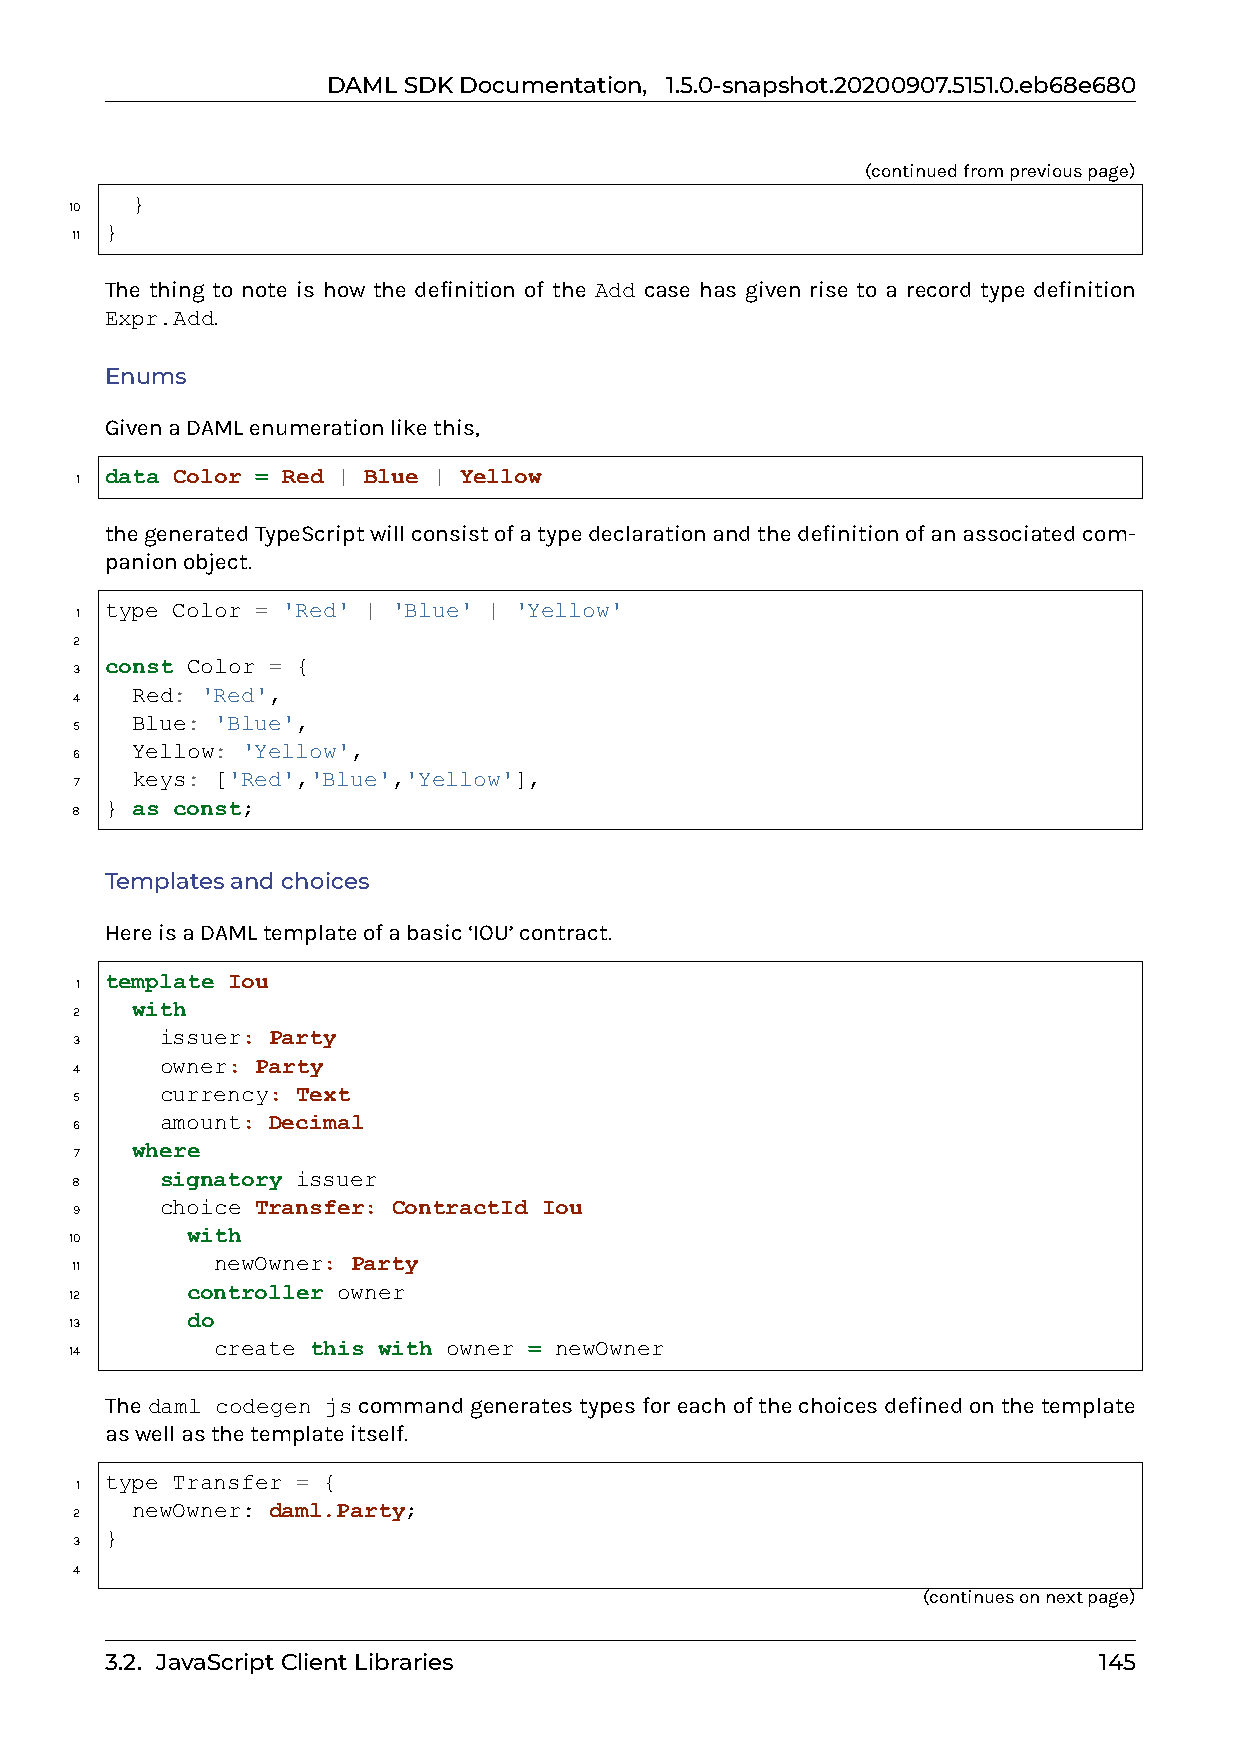
DAMLSDKDocumentation, 1.5.0-snapshot.20200907.5151.0.eb68e680
 (continuedfrompreviouspage)
 }
 10
 }
 11
 The thing to note is how the definition of the Add case has given rise to a record type definition
 Expr.Add.
 Enums
 GivenaDAMLenumerationlikethis,
 data Color = Red | Blue | Yellow
 1
 thegeneratedTypeScriptwillconsistofatypedeclarationandthedefinitionofanassociatedcom-
 panionobject.
 type Color = 'Red' | 'Blue' | 'Yellow'
 1
 2
 const Color = {
 3
 Red: 'Red',
 4
 Blue: 'Blue',
 5
 Yellow: 'Yellow',
 6
 keys: ['Red','Blue','Yellow'],
 7
 } as const;
 8
 Templatesandchoices
 HereisaDAMLtemplateofabasic‘IOU’contract.
 template Iou
 1
 with
 2
 issuer: Party
 3
 owner: Party
 4
 currency: Text
 5
 amount: Decimal
 6
 where
 7
 signatory issuer
 8
 choice Transfer: ContractId Iou
 9
 with
 10
 newOwner: Party
 11
 controller owner
 12
 do
 13
 create this with owner = newOwner
 14
 Thedaml codegen jscommandgeneratestypesforeachofthechoicesdefinedonthetemplate
 aswellasthetemplateitself.
 type Transfer = {
 1
 newOwner: daml.Party;
 2
 }
 3
 4
 (continuesonnextpage)
 3.2. JavaScriptClientLibraries                                    145